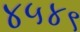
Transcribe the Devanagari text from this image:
४५४९